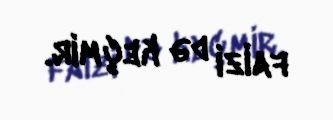
faizi də keçmir.